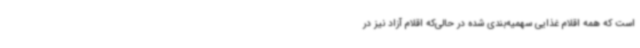
است که همه اقلام غذایی سهمیه‌بندی شده در حالی‌که اقلام آزاد نیز در